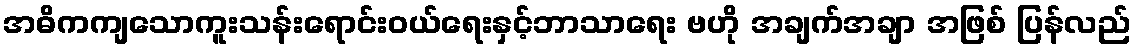
အဓိကကျသောကူးသန်းရောင်းဝယ်ရေးနှင့်ဘာသာရေး ဗဟို အချက်အချာ အဖြစ် ပြန်လည်